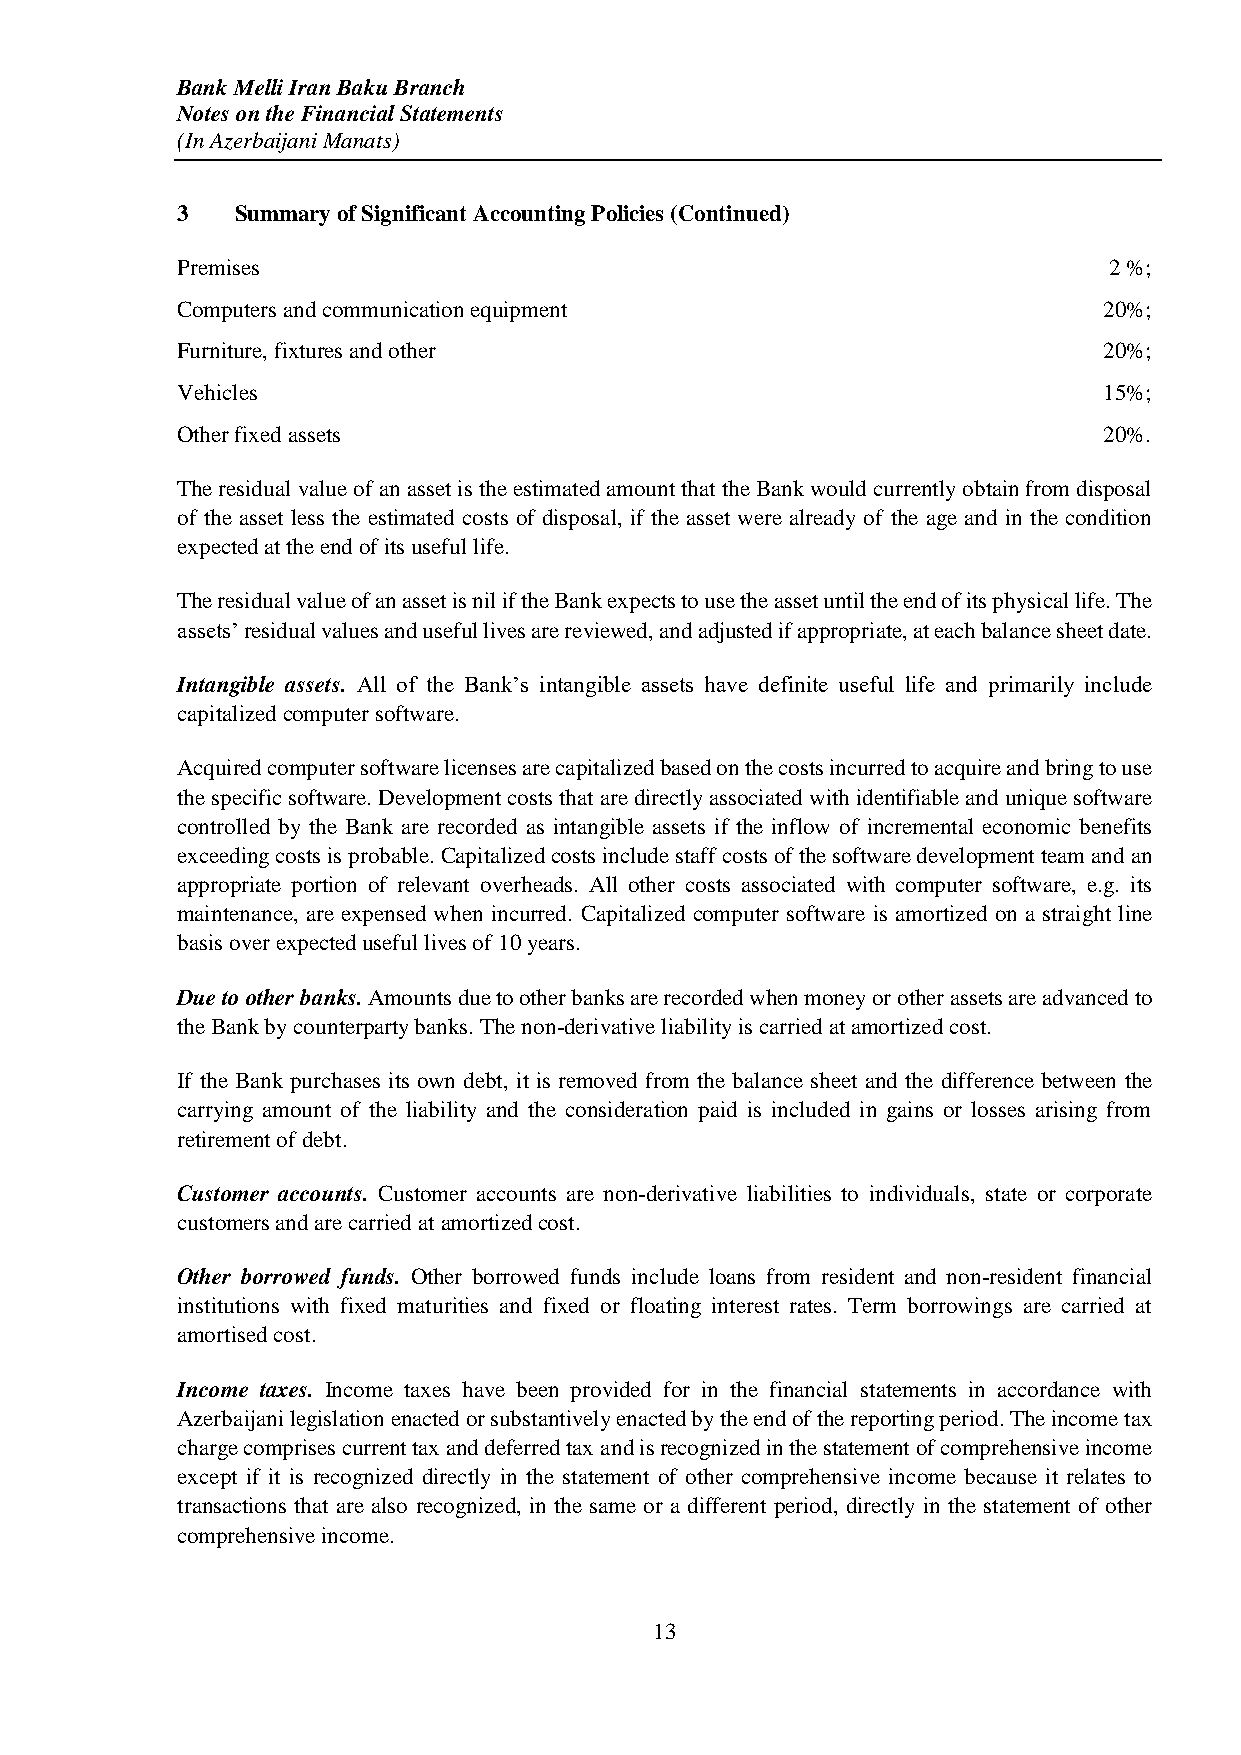
Bank Melli Iran Baku Branch
 Notes on the Financial Statements
 (In Azerbaijani Manats)
 3   Summary of Significant Accounting Policies (Continued)
 Premises                                                     2 %;
 Computers and communication equipment                        20%;
 Furniture, fixtures and other                                20%;
 Vehicles                                                     15%;
 Other fixed assets                                           20%.
 The residual value of an asset is the estimated amount that the Bank would currently obtain from disposal
 of the asset less the estimated costs of disposal, if the asset were already of the age and in the condition
 expected at the end of its useful life.
 The residual value of an asset is nil if the Bank expects to use the asset until the end of its physical life. The
 assets’ residual values and useful lives are reviewed, and adjusted if appropriate, at each balance sheet date.
 Intangible assets. All of the Bank’s intangible assets have definite useful life and primarily include
 capitalized computer software.
 Acquired computer software licenses are capitalized based on the costs incurred to acquire and bring to use
 the specific software. Development costs that are directly associated with identifiable and unique software
 controlled by the Bank are recorded as intangible assets if the inflow of incremental economic benefits
 exceeding costs is probable. Capitalized costs include staff costs of the software development team and an
 appropriate portion of relevant overheads. All other costs associated with computer software, e.g. its
 maintenance, are expensed when incurred. Capitalized computer software is amortized on a straight line
 basis over expected useful lives of 10 years.
 Due to other banks. Amounts due to other banks are recorded when money or other assets are advanced to
 the Bank by counterparty banks. The non-derivative liability is carried at amortized cost.
 If the Bank purchases its own debt, it is removed from the balance sheet and the difference between the
 carrying amount of the liability and the consideration paid is included in gains or losses arising from
 retirement of debt.
 Customer accounts. Customer accounts are non-derivative liabilities to individuals, state or corporate
 customers and are carried at amortized cost.
 Other borrowed funds. Other borrowed funds include loans from resident and non-resident financial
 institutions with fixed maturities and fixed or floating interest rates. Term borrowings are carried at
 amortised cost.
 Income taxes. Income taxes have been provided for in the financial statements in accordance with
 Azerbaijani legislation enacted or substantively enacted by the end of the reporting period. The income tax
 charge comprises current tax and deferred tax and is recognized in the statement of comprehensive income
 except if it is recognized directly in the statement of other comprehensive income because it relates to
 transactions that are also recognized, in the same or a different period, directly in the statement of other
 comprehensive income.
 13